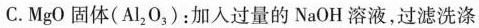
C.MgO固体(Al_{2}O_{3})：加入过量的NaOH溶液，过滤洗涤